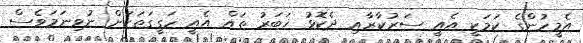
އެމީހުންގެ ކަމަކީ އެއީ ސަރުކާރާއި ދެކޮޅު ޚަބަރު ތައް އެއީ ހަގީގަތަކަށް ނުވިނަމަވެސް